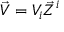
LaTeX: { \vec { V } } = V _ { i } { \vec { Z } } ^ { i }